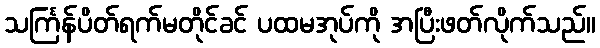
သင်္ကြန်ပိတ်ရက်မတိုင်ခင် ပထမအုပ်ကို အပြီးဖတ်လိုက်သည်။